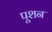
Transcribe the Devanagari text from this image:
पूशन